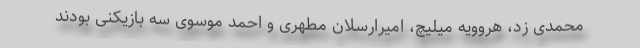
محمدی زد، هروویه میلیچ، امیرارسلان مطهری و احمد موسوی سه بازیکنی بودند